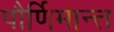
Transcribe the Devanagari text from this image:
पौर्णिमान्त्त